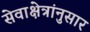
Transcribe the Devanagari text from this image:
सेवाक्षेत्रांनुसार